Lunatic asylums in Bengal annual reports 1888-1898 - 1888-1898
Year: 1888
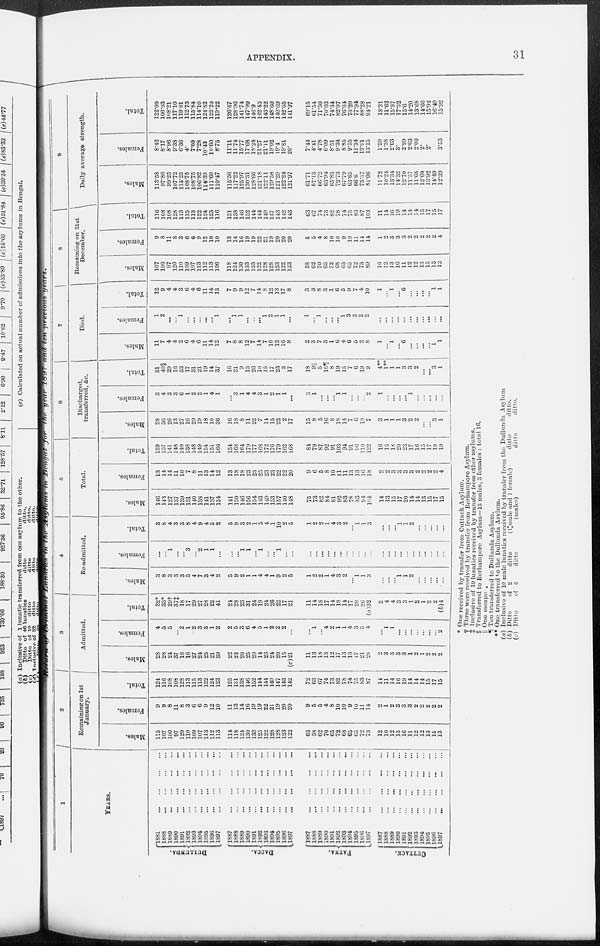
APPENDIX.
31
Return of
Criminal
Lunatic
in
Asylums
in
Bengal
for
the year 1897 and ten previous,
years.
1
YEARS.
DULLUNDA.
Dacca.
PATNA.
CUTTACK.
1881
...
...
...
...
1888
...
...
...
...
1889
...
...
...
...
1890
...
...
...
...
1891
...
...
...
...
1892
...
...
...
...
1893
...
...
...
...
1894
...
...
...
...
1895
...
...
...
...
1896
...
...
...
...
1897
...
...
...
...
1887
...
...
...
...
1888
...
...
...
...
1889
...
...
...
...
1890
...
...
...
...
1891
...
...
...
...
1892
...
...
...
...
1893
...
...
...
...
1894
...
...
...
...
1895
...
...
...
...
1896
...
...
...
...
1897
...
...
...
...
1887
...
...
...
...
1888
...
...
...
...
1889
...
...
...
...
1890
...
...
...
...
1891
...
...
...
...
1892
...
...
...
...
1893
...
...
...
...
1894
...
...
...
...
1895
...
...
...
...
1896 ... ... ... ...
1897
...
...
...
...
1887
...
...
...
...
1888
...
...
...
...
1889
...
...
...
...
1890
...
...
...
...
1891
...
...
...
...
1892
...
...
...
...
1893
...
...
...
...
1894
...
...
...
...
1895
...
...
...
...
1896
...
...
...
...
1897
...
...
...
...
2
Remaining on 1st
January.
Males.
115
107
100
97
120
110
109
107
113
112
113
114
118
124
130
133
125
122
128
128
123
122
63
58
62
70
65
72
68
65
65
72
73
12
10
12
13
16
11
12
12
13
15
13
Females.
9
9
8
11
8
3
6
6
9
12
10
11
13
14
16
19
19
22
21
19
20
20
9
5
5
4
8
10
10
9
10
11
14
2
1
2
3
3
3
2
2
2
2
2
Total.
124
116
108
108
128
113
115
113
122
124
123
125
131
138
146
152
144
144
149
147
143
142
72
63
67
74
73
82
78
74
75
83
87
14
11
14
16
19
14
14
14
15
17
15
3
Admitted.
Males.
28
28
24
37
16
16
27
24
25
21
39
22
23
20
25
20
14
23
24
20
15
(c)21
11
13
18
13
12
17
13
13
17
21
28
2
3
3
3
3
1
2
1
2
2
2
Females.
4
5
5
...
2
1
2
3
3
1
2
2
5
3
6
4
5
1
2
2
2
...
...
1
...
4
2
1
1
4
3
5
1
...
1
1
...
...
...
...
...
...
...
2
Total.
32*
33*
29†
37‡
18
17
29
27
28
22
41
24
28
23
31
24
19
24
26
22
17
21
11
14
18
17
14
18
14
17
20
26
(a)32
2
4
4
3
3
1
2
1
2
2
(b)4
4
Re-admitted.
Males.
3
8
3
3
3
5
4
7
3
4
2
5
9
2
1
1
4
4
1
9
2
5
1
2
2
1
4
3
2
...
1
1
3
...
...
...
1
1
2
...
...
...
...
...
Females.
...
...
1
...
...
3
...
2
1
1
...
...
...
1
1
...
1
...
...
1
...
...
...
...
...
...
...
...
...
...
...
...
...
...
...
...
...
...
...
...
...
...
...
...
Total.
3
8
4
3
3
8
4
9
4
5
2
5
9
3
2
1
5
4
1
10
2
5
1
2
2
1
4
3
2
...
1
1
3
...
...
...
1
1
2
...
....
...
...
...
5
Total.
Males.
146
143
127
137
139
131
140
138
141
137
154
141
150
146
156
154
143
149
153
157
140
148
75
73
82
84
81
92
83
78
83
94
104
14
13
15
17
20
14
14
13
15
17
15
Females.
13
14
14
11
10
7
8
11
13
14
12
13
18
18
23
23
25
23
23
22
22
20
9
6
5
8
10
11
11
13
13
16
18
9
2
3
3
3
3
2
2
2
2
4
Total.
159
157
141
148
149
138
148
149
154
151
166
154
163
164
179
177
168
172
176
179
162
168
84
79
87
92
91
103
94
91
96
110
122
16
15
18
20
23
17
16
15
17
19
19
6
Discharged,
transferred, &c.
Males.
28
36
26
13
27
16
29
19
18
10
36
16
18
8
11
22
7
14
15
22
2
17
15
8
5
16
8
18
14
7
6
19
7
3
1
1
1
3
2
2
...
...
8
1
Females.
3
4
3
3
6
1
2
2
1
4
1
...
3
1
4
4
3
1
2
1
1
...
3
1
...
...
...
1
1
...
...
...
2
1
...
...
...
...
1
...
...
...
...
...
Total.
31
40§
29
16
33
17
31
21
19
14
37
16
21
9
15
26
10
15
17
23
3
17
18
9 ...
5
16
8
19
15
7
6
19
9
4**
1**
1
1
3
3
2
...
...
3
1
7
Died.
Males.
11
7
4
4
2
6
4
6
11
14
12
7
8
8
12
7
14
7
10
12
16
8
2
3
7
3
1
6
4
6
5
2
8
1
...
1
...
6
...
...
...
...
1
1
Females.
1
2
...
...
1
...
...
...
...
...
1
...
1
1
...
...
...
1
2
1
1
...
1
...
1
...
...
...
1
3
2
2
2
...
...
...
...
...
...
...
...
...
...
...
Total.
12
9
4
4
3
6
4
6
11
14
13
7
9
9
12
7
14
8
12
13
17
8
3
3
8
3
1
6
5
9
7
4
10
1
...
1
...
6
...
...
...
...
1
1
8
Remaining on 31st
December.
Males.
107
100
97
120
110
109
107
113
112
113
106
118
124
130
133
125
122
128
128
123
122
123
58
62
70
65
72
68
65
65
72
73
89
10
12
13
16
11
12
12
13
15
13
13
Females.
9
8
11
8
3
6
6
9
12
10
10
13
14
16
19
19
22
21
19
20
20
20
5
5
4
8
10
10
9
10
11
14
14
1
2
3
3
3
2
2
2
2
2
4
Total.
116
108
108
128
113
115
113
122
124
123
116
131
138
146
152
144
144
149
147
143
142
143
63
67
74
73
82
78
74
75
83
87
103
11
14
16
19
14
14
14
15
17
15
17
9
Daily average strength.
Males.
113.58
97.86
99.25
107.72
113.25
108.75
108.75
106.82
114.39
111.69
110.47
115.56
117.22
125.97
130.31
128.66
121.18
122.11
129.58
121.29
122.24
121.97
61.71
57.13
66.72
63.94
65.83
72.73
67.79
63.65
66.6
75.37
81.06
11.72
10.24
13.34
14.32
12.70
11.57
11.68
12.60
13.92
14.49
12.39
Females.
8.42
8.17
8.96
9.38
6.36
4.
7.09
7.28
10.43
10.60
8.75
11.11
11.74
15.77
17.68
18.24
21.27
21.11
19.02
19.4
19.81
20.
7.44
4.41
4.78
6.09
8.51
9.34
8.85
9.55
11.34
13.91
13.15
1.59
1.38
2.03
3.
2.99
2.63
2.00
2.
2.
3.53
Total.
122.00
106.03
108.21
117.10
119.61
112.75
115.84
114.10
124.82
122.29
119.22
126.67
128.96
141.74
147.99
146.9
142.45
143.22
148.60
140.69
142.05
141.97
69.15
61.54
71.50
70.03
74.34
82.07
76.64
73.20
77.94
88.28
94.21
13.31
11.62
15.37
17.32
15.6
14.20
13.68
14.60
15.92
16.49
15.92
* One received by transfer from Cuttack Asylum.
† Three were received by transfer from Berhampore Asylum.
‡ Inclusive of 19 lunatics received by transfer from other asylums.
§ Transferred to Berhampore Asylum—13 males, 3 females : total 16.
|| One escape.
¶ Ten transferred to Dullunda Asylum.
** One transferred to the Dullunda Asylum.
(a) Inclusive of 10 male lunatics received by transfer from the Dullunda Asylum
(b) Ditto
of 2
ditto (1 male and 1 female)
ditto
ditto.
(c) Ditto
of 6
ditto
(males)
ditto
ditto.